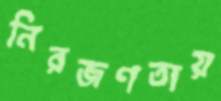
নিরজণতায়